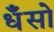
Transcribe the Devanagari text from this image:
धँसो